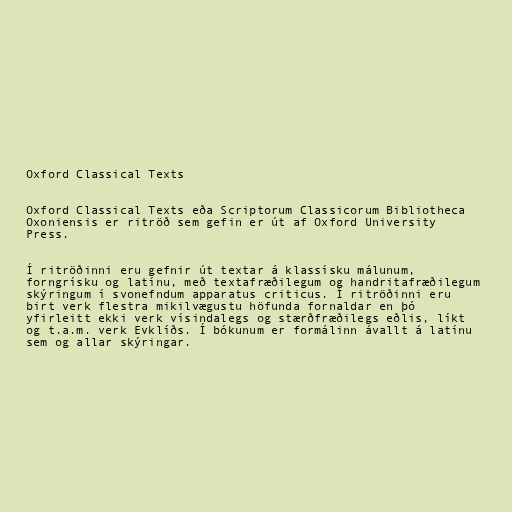
Oxford Classical Texts

Oxford Classical Texts eða Scriptorum Classicorum Bibliotheca
Oxoniensis er ritröð sem gefin er út af Oxford University
Press.

Í ritröðinni eru gefnir út textar á klassísku málunum,
forngrísku og latínu, með textafræðilegum og handritafræðilegum
skýringum í svonefndum apparatus criticus. Í ritröðinni eru
birt verk flestra mikilvægustu höfunda fornaldar en þó
yfirleitt ekki verk vísindalegs og stærðfræðilegs eðlis, líkt
og t.a.m. verk Evklíðs. Í bókunum er formálinn ávallt á latínu
sem og allar skýringar.